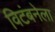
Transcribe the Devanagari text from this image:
विटंबनेला